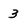
Character: 3